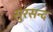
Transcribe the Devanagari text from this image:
सुरसन्द